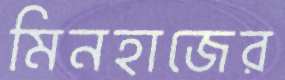
মিনহাজের